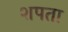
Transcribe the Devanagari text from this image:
शपता